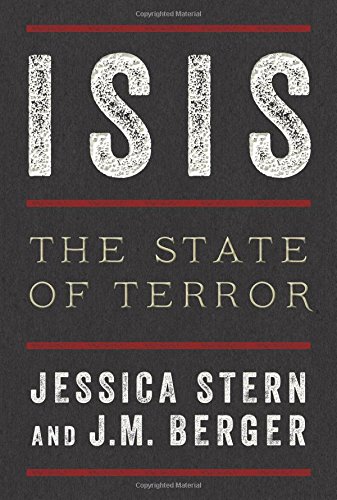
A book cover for ISIS: The State of Terror; Jessica Stern; Politics & Social Sciences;